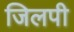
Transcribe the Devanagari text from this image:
जिलपी